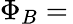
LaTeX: \Phi_{B}=\,